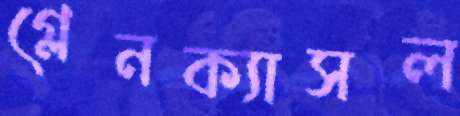
গ্লেনক্যাসল